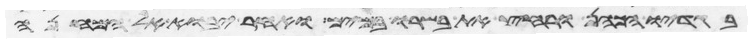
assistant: בגדיו הכהן ורחץ את בשרו במים ואחר יבוא אל המחנה